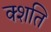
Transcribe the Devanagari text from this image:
क्शति